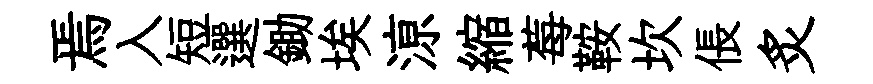
焉入短選鋤埃鿌縮莓鞍坎倀炙